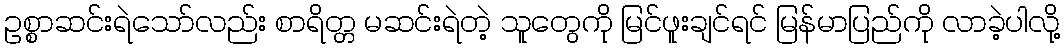
ဥစ္စာဆင်းရဲသော်လည်း စာရိတ္တ မဆင်းရဲတဲ့ သူတွေကို မြင်ဖူးချင်ရင် မြန်မာပြည်ကို လာခဲ့ပါလို့